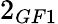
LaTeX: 2_{GF1}